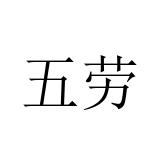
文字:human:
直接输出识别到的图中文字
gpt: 五劳